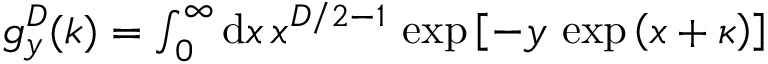
\begin{array} { r } { g _ { y } ^ { D } ( k ) = \int _ { 0 } ^ { \infty } \mathrm { d } x \, x ^ { D / 2 - 1 } \, \exp \left[ - y \, \exp \left( x + \kappa \right) \right] } \end{array}